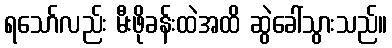
ရသော်လည်း မီးဖိုခန်းထဲအထိ ဆွဲခေါ်သွားသည်။